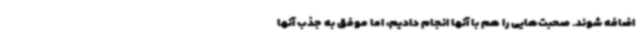
اضافه شوند. صحبت‌هایی را هم با آنها انجام دادیم، اما موفق به جذب آنها